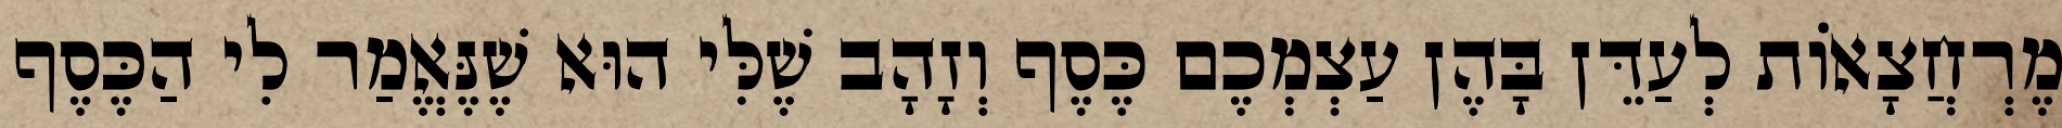
מֶרְחֲצָאוֹת לְעַדֵּן בָּהֶן עַצְמְכֶם כֶּסֶף וְזָהָב שֶׁלִּי הוּא שֶׁנֶּאֱמַר לִי הַכֶּסֶף